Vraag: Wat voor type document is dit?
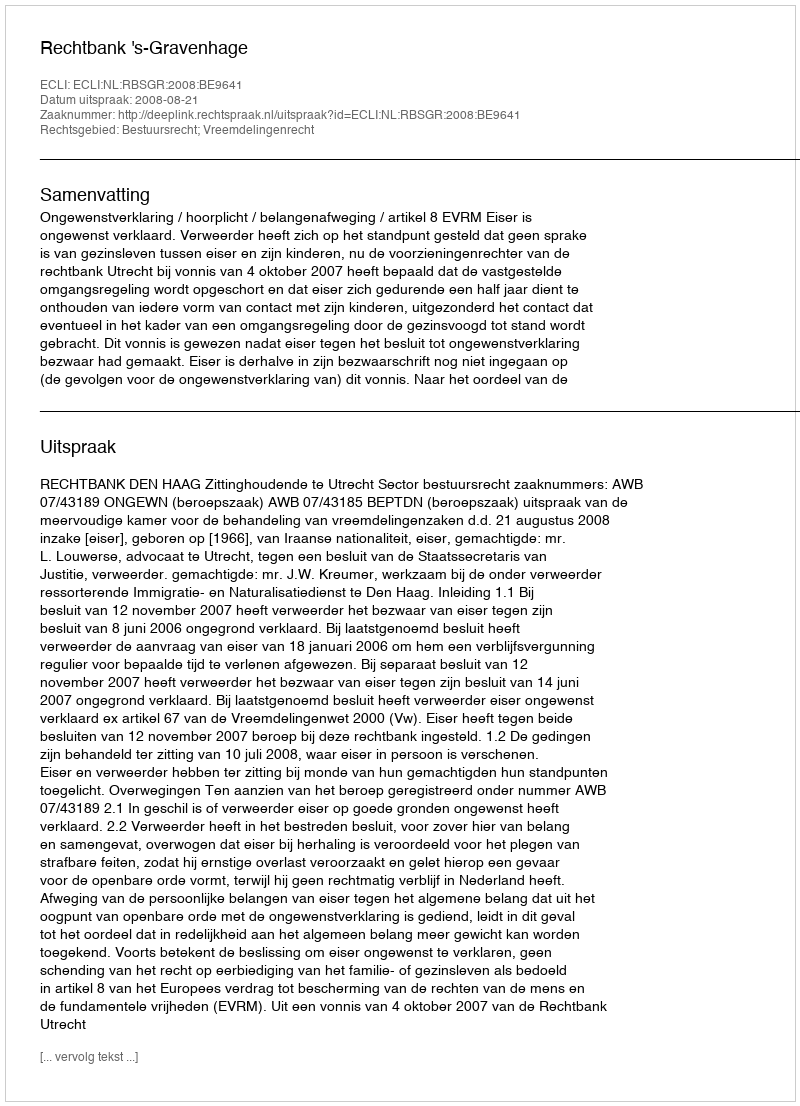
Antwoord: Uitspraak